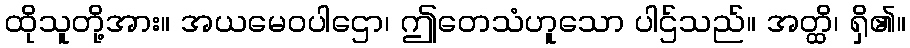
ထိုသူတို့အား။ အယမေဝပါဌော၊ ဤတေသံဟူသော ပါဌ်သည်။ အတ္ထိ၊ ရှိ၏။